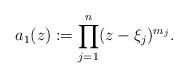
LaTeX: \begin{align*}a_1(z): =\prod_{j=1}^n (z-\xi_j)^{m_j}.\end{align*}